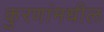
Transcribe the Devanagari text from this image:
कुरणांमधील